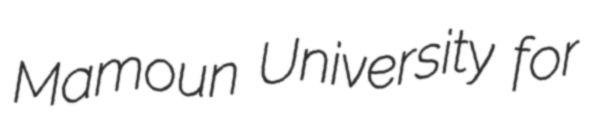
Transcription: Mamoun University for